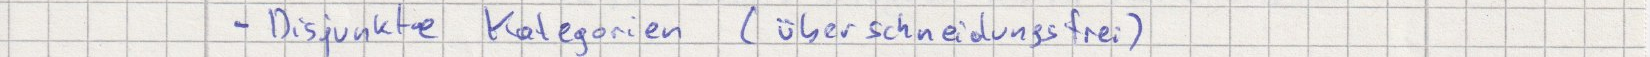
- Disjunkte Kategorien (überschneidungsfrei)